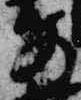
前